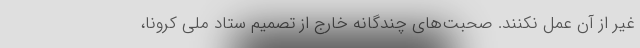
غیر از آن عمل نکنند. صحبت‌های چندگانه خارج از تصمیم ستاد ملی کرونا،